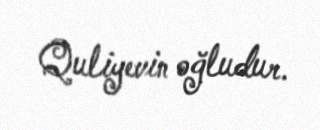
Quliyevin oğludur.